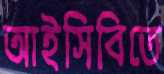
আইসিবিতে